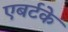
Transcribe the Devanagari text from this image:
एबर्टके